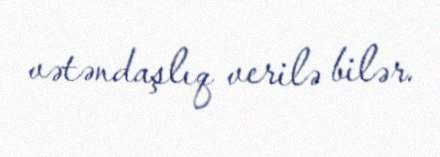
vətəndaşlıq verilə bilər.